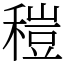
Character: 䅱